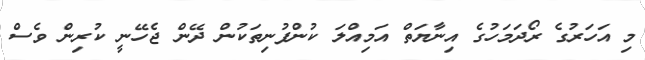
މި އަހަރުގެ ރޯދަމަހުގެ އިނާޔަތް އަމިއްލަ ކުންފުނިތަކުން ދޭން ޖެހޭނީ ކުރިން ވެސް